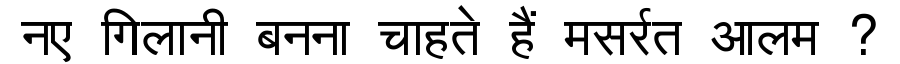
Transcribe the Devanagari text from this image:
नए गिलानी बनना चाहते हैं मसर्रत आलम ?